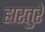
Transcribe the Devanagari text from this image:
हारतुरे